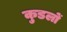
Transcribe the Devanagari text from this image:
कुडलों